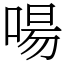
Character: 啺